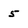
Character: 5